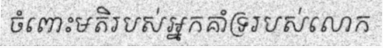
ចំពោះមតិរបស់អ្នកគាំទ្ររបស់លោក